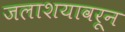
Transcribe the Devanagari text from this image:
जलाशयावरून